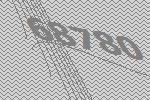
68780